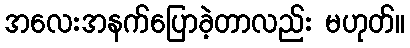
အလေးအနက်ပြောခဲ့တာလည်း မဟုတ်။